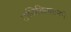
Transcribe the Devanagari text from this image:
ताजिकिस्तानने